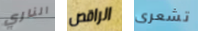
الناري الراقص تشعرى